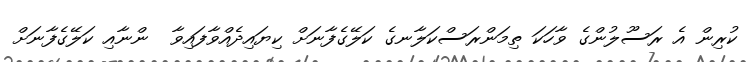
ކުރިން އެ ރަސޫލުންގެ ވާހަކަ ތިމަންރަސްކަލާނގެ ކަލޭގެފާނަށް ކިޔައިދެއްވާފައިވާ  ންނާއި ކަލޭގެފާނަށް